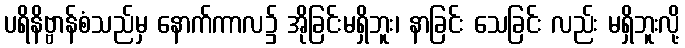
ပရိနိဗ္ဗာန်စံသည်မှ နောက်ကာလ၌ အိုခြင်းမရှိဘူး၊ နာခြင်း သေခြင်း လည်း မရှိဘူးလို့